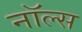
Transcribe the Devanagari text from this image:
नॉल्स